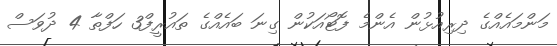
މަންމައެއްގެ ދިރިއުޅުން އެންމެ ފޮޓޯއަކުން ގިނަ ބައެއްގެ ތައުރީފް3 ހަފްތާ 4 ދުވަސް